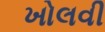
ખોલવી